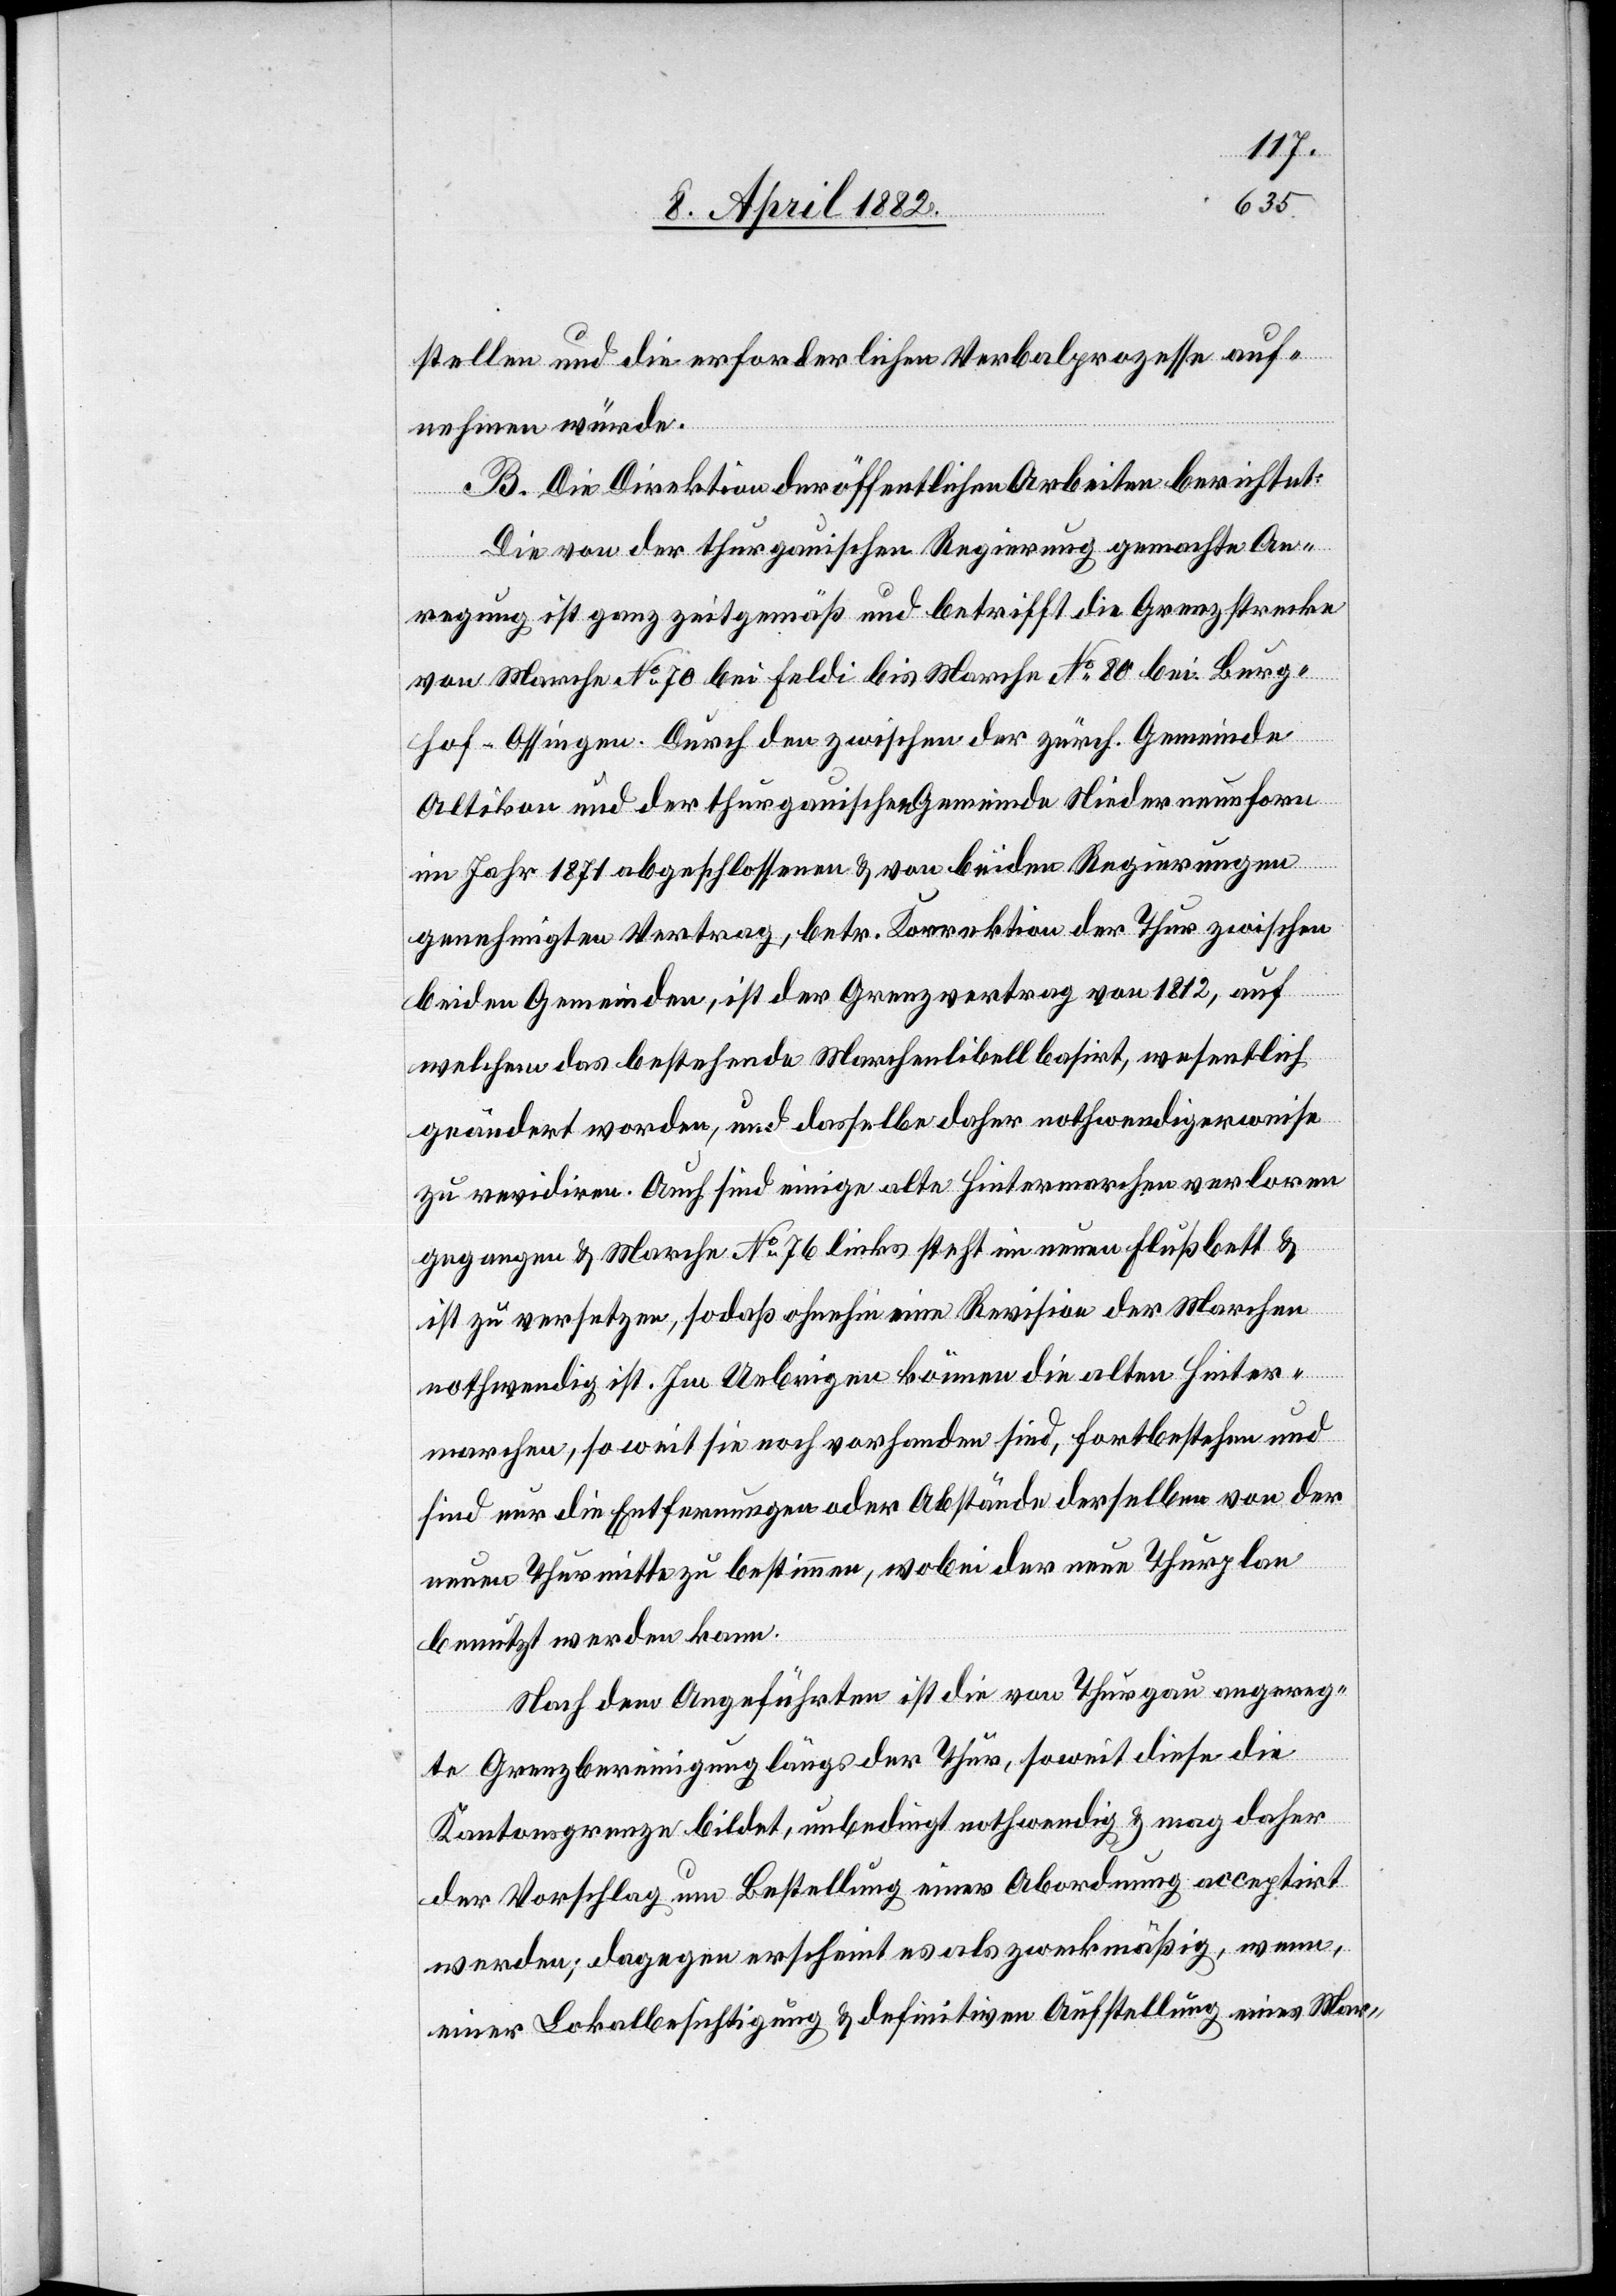
stellen und die erforderlichen Verbalprozesse auf¬
nehmen würde.
B. Die Direktion der öffentlichen Arbeiten berichtet:
Die von der thurgauischen Regierung gemachte An¬
regung ist ganz zeitgemäß und betrifft die Grenzstrecke
von Marche No 70 bei Feldi bis Marche No 80 bei Burg¬
hof - Ossingen. Durch den zwischen der zürch. Gemeinde
Altikon und der thurgauischen Gemeinde Niederneunforn
im Jahr 1871 abgeschlossenen & von beiden Regierungen
genehmigten Vertrag, betr. Korrektion der Thur zwischen
beiden Gemeinden, ist der Grenzvertrag von 1812, auf
welchem das bestehende Marchenlibell basirt, wesentlich
geändert worden, und dasselbe daher nothwendigerweise
zu revidiren. Auch sind einige alte Hintermarchen verloren
gegangen & Marche No 76 links steht im neuen Flußbett &
ist zu versetzen, sodaß ohnehin eine Revision der Marchen
nothwendig ist. Im Uebrigen können die alten Hinter¬
marchen, so weit sie noch vorhanden sind, fortbestehen und
sind nur die Entfernungen oder Abstände derselben von der
neuen Thurmitte zu bestimmen, wobei der neue Thurplan
benutzt werden kann.
Nach dem Angeführten ist die von Thurgau angereg¬
te Grenzbereinigung längs der Thur, soweit diese die
Kantonsgrenze bildet, unbedingt nothwendig & mag daher
der Vorschlag um Bestellung einer Abordnung acceptirt
werden; dagegen erscheint es als zweckmäßig, wenn,
einer Lokalbesichtigung & definitiven Aufstellung eines Mar-